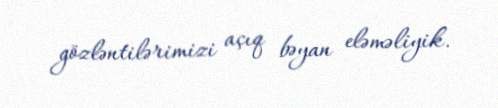
gözləntilərimizi açıq bəyan eləməliyik.